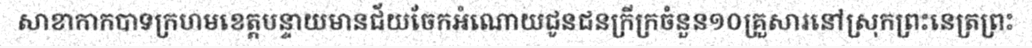
សាខាកាកបាទក្រហមខេត្តបន្ទាយមានជ័យចែកអំណោយជូនជនក្រីក្រចំនួន១០គ្រួសារនៅស្រុកព្រះនេត្រព្រះ